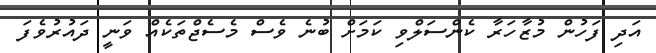
އަދި ފަހުން މުޒާހަރާ ކެންސަލްވި ކަމަށް ބުނެ ވެސް މެސެޖްތަކެއް ވަނީ ދައުރުވެފަ